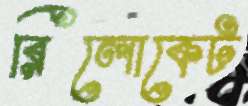
রিলোকেট